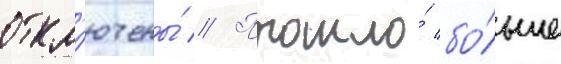
откл'ючены́ // Прошло́ бо́льше